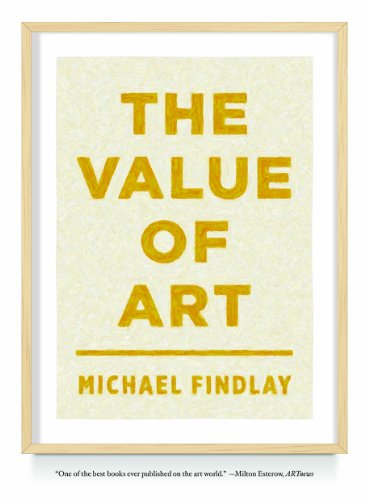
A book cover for The Value of Art: Money, Power, Beauty; Michael Findlay; Arts & Photography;